Riigikantselei, lk 11
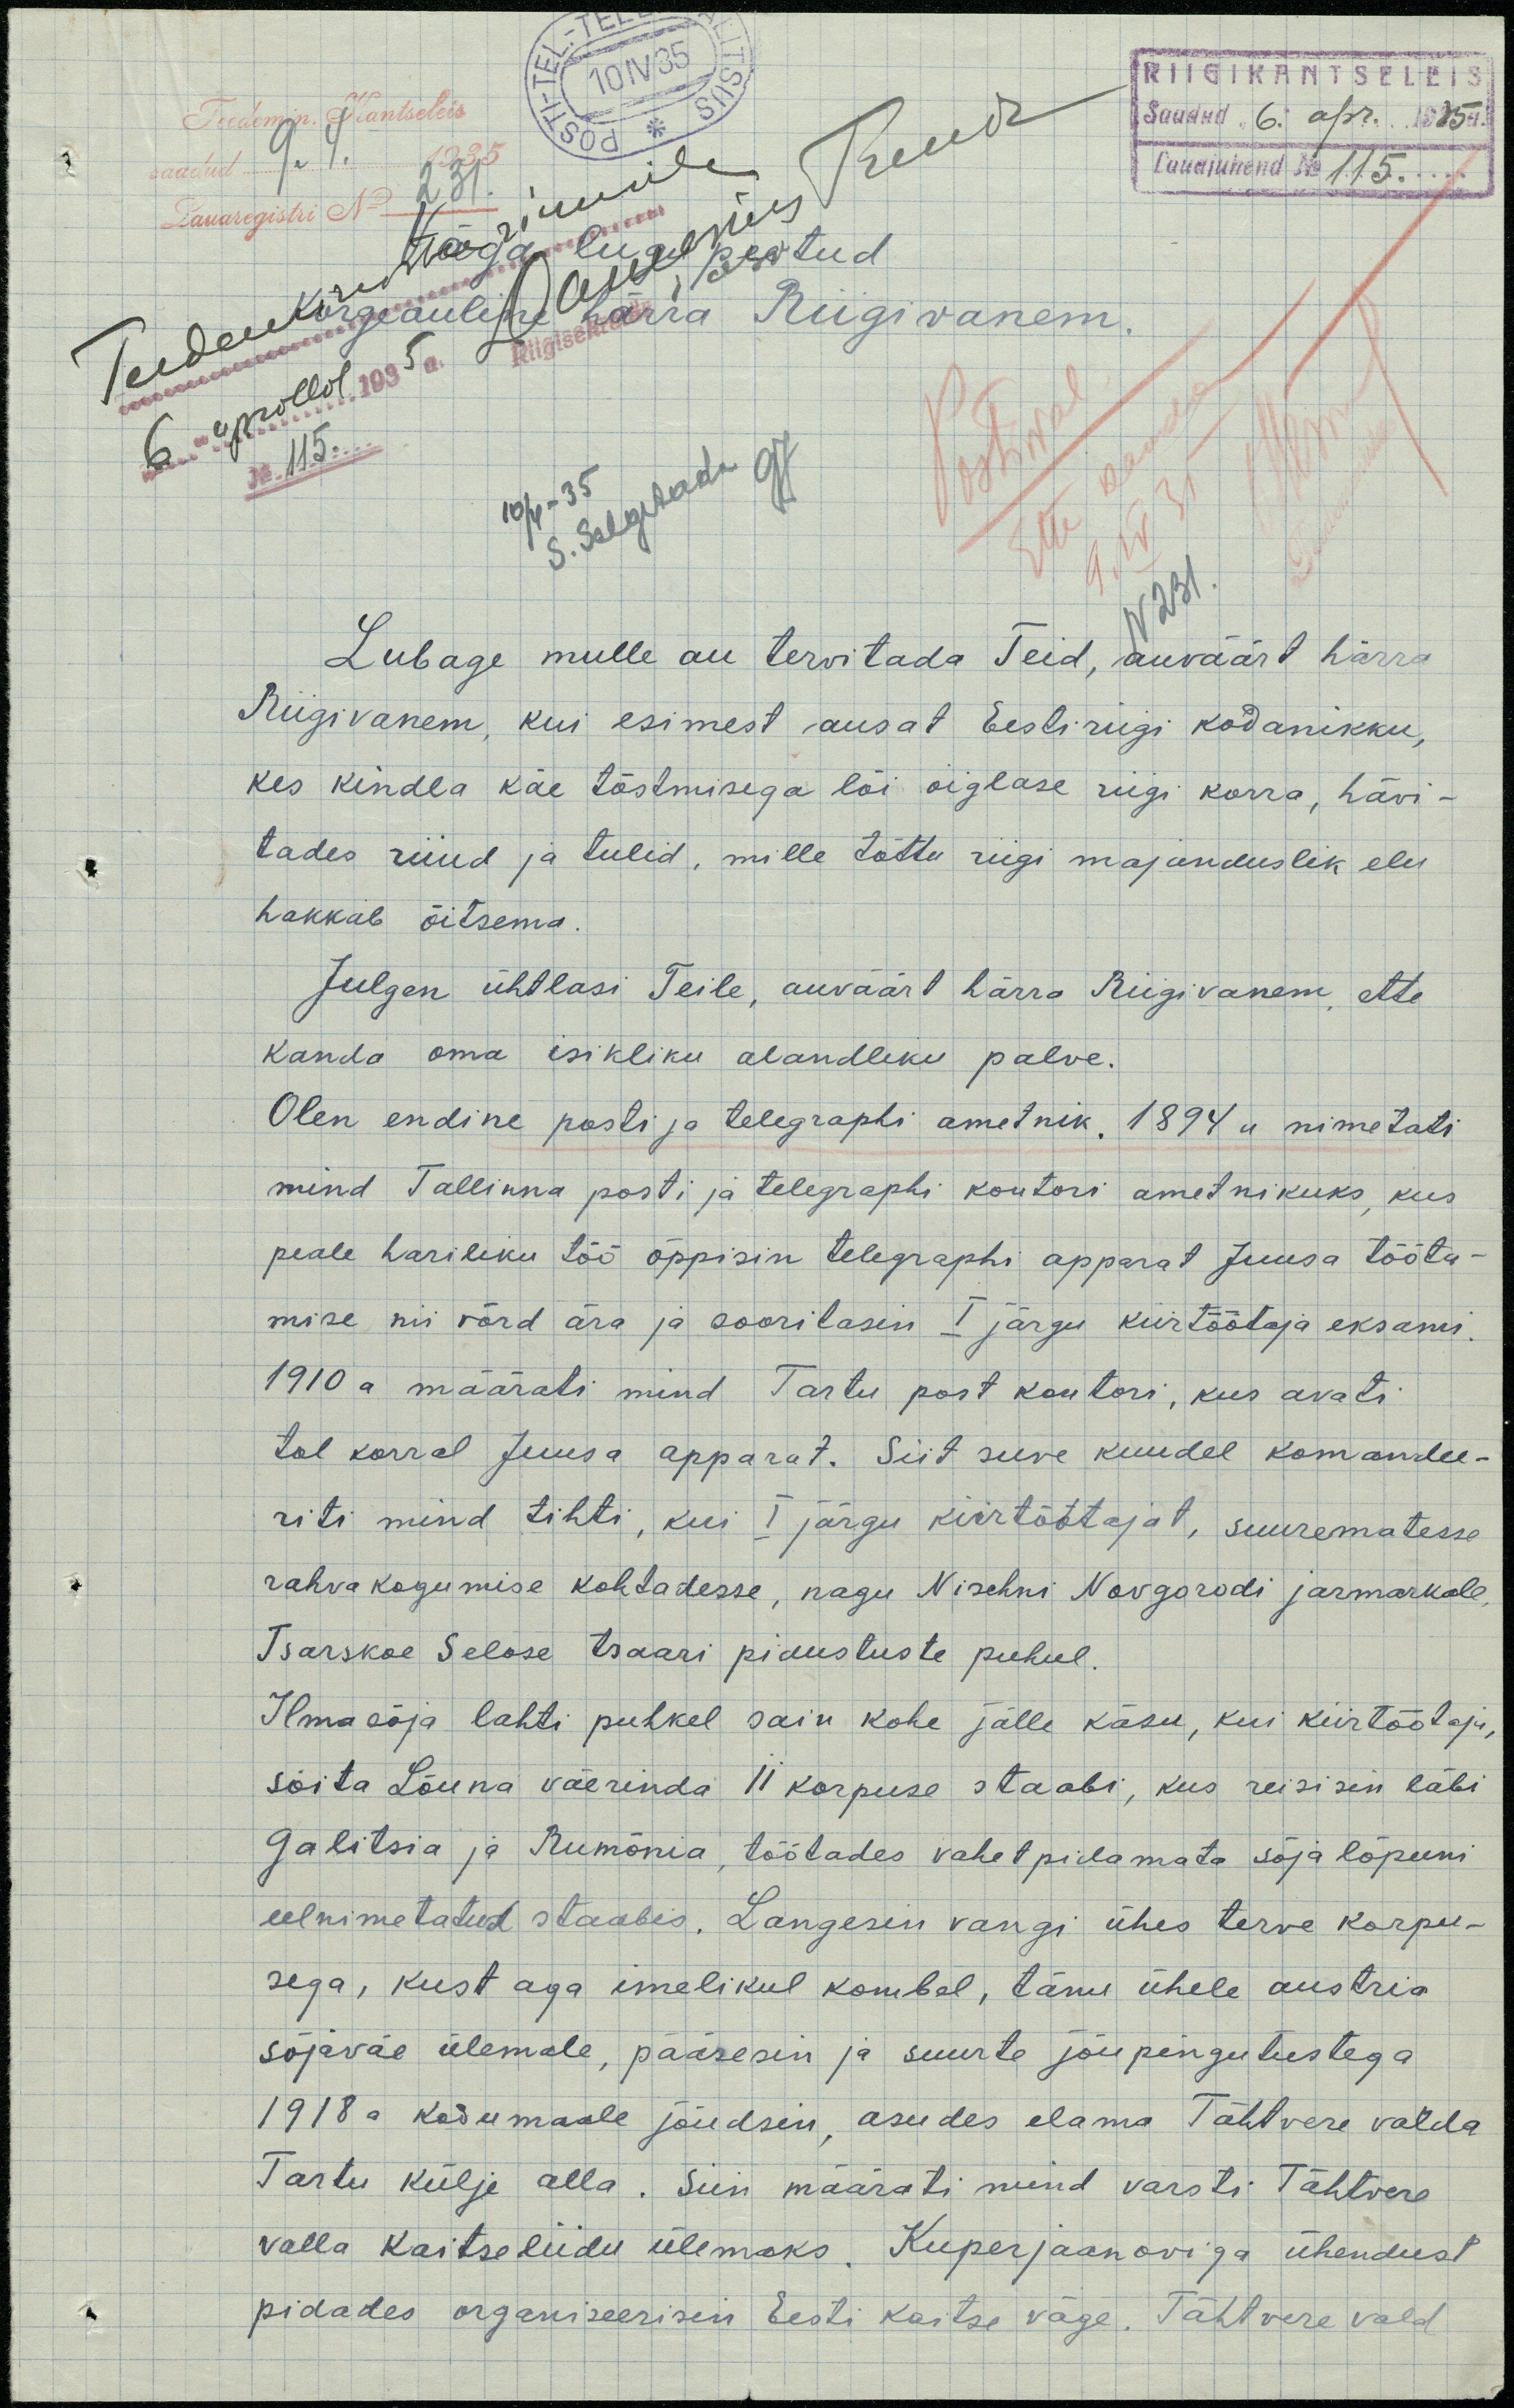
RIIGIKANTSELEI
Teedemin. Kantseleis
saadud 9. 4.
Saadud "6" apr. 1935a.
1935
Lauajuhend No 115.
Riigivanem.
No 115...
10/4-35
S. Selgitada K.
2 31
Lubage mulle au tervitada Teid, auväärt härra
Riigivanem, kui esimest ausat Eesti riigi kodanikku,
kes kindla käe tõstmisega lõi õiglase riigi korra, hävi-
tades riiud ja tulid, mille tõttu riigi majanduslik elu
hakkab õitsema.
Julgen ühtlasi Teile, auväärt härra Riigivanem, ette
kanda oma isikliku alandliku palve.
Olen endine posti ja telegraphi ametnik. 1894 a nimetati
mind Tallinna posti ja telegraphi kontori ametnikuks, kus
peale hariliku töö õppisin telegraphi apparat Juusa tööta-
mise nii võrd ära ja sooritasin I järgu kiirtöötaja eksami.
1910 a määrati mind Tartu post kontori, kus avati
tol korral Juusa apparat. Siit suve kuudel komandee-
riti mind tihti, kui I järgu kiirtöötajat, suurematesse
rahva kogumise kohtadesse, nagu Nischni Novgorodi jarmarkale,
Tsarskoe Selose tsaari pidustuste puhul.
Ilma sõja lahti puhkel sain kohe jälle käsu, kui kiirtöötaja,
sõita Lõuna väerinda II korpuse staabi, kus reisisin läbi
Galitsia ja Rumõnia, töötades vahet pidamata sõja lõpuni
eelnimetatud staabis. Langesin vangi ühes terve korpu-
sega, kust aga imelikul kombel, tänu ühele austria
sõjaväe ülemale, pääsesin ja suurte jõupingutustega
1918 a kodumaale jõudsin, asudes elama Tähtvere valda
Tartu külje alla. Siin määrati mind varsti Tähtvere
valla Kaitseliidu ülemaks. Kuperjaanoviga ühendust
pidades organiseerisin Eesti kaitse väge. Tähtvere vald